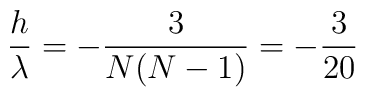
{h\over \lambda} = -{{3}\over {N(N-1)}} = -{3\over {20}}